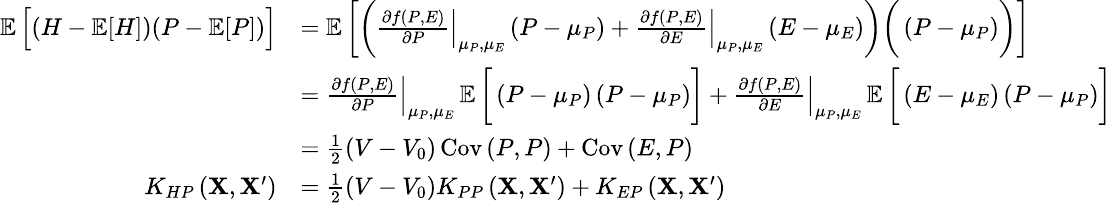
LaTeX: \small\begin{array}{rl}{\mathop{\mathbb{E}}\Big[(H-\mathop{\mathbb{E}}[H])(P-\mathop{\mathbb{E}}[P])\Big]}&{=\mathop{\mathbb{E}}\bigg[\bigg(\left.\frac{\partial f\left(P,E\right)}{\partial P}\right|_{\mu_{P},\mu_{E}}\left(P-\mu_{P}\right)+\left.\frac{\partial f\left(P,E\right)}{\partial E}\right|_{\mu_{P},\mu_{E}}\left(E-\mu_{E}\right)\bigg)\bigg(\left(P-\mu_{P}\right)\bigg)\bigg]}\\ &{=\left.\frac{\partial f\left(P,E\right)}{\partial P}\right|_{\mu_{P},\mu_{E}}\mathop{\mathbb{E}}\bigg[\left(P-\mu_{P}\right)\left(P-\mu_{P}\right)\bigg]+\left.\frac{\partial f\left(P,E\right)}{\partial E}\right|_{\mu_{P},\mu_{E}}\mathop{\mathbb{E}}\bigg[\left(E-\mu_{E}\right)\left(P-\mu_{P}\right)\bigg]}\\ &{=\frac{1}{2}\left(V-V_{0}\right)\operatorname{Cov}\left(P,P\right)+\operatorname{Cov}\left(E,P\right)}\\ {K_{HP}\left(\mathbf{X},\mathbf{X}^{\prime}\right)}&{=\frac{1}{2}\left(V-V_{0}\right)K_{PP}\left(\mathbf{X},\mathbf{X}^{\prime}\right)+K_{EP}\left(\mathbf{X},\mathbf{X}^{\prime}\right)}\end{array}